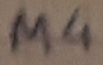
Text: M4